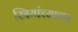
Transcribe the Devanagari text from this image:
स्त्रियांच्यावर